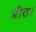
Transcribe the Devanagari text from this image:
प्रीत।